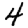
Digit: 4